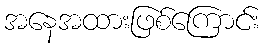
အနေအထားဖြစ်ကြောင်း